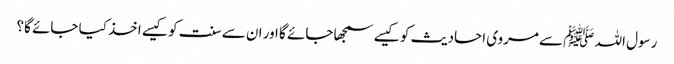
رسول اللہ ﷺ سے مروی احادیث کو کیسے سمجھا جائے گا اور ان سے سنت کو کیسے اخذ کیا جائے گا؟